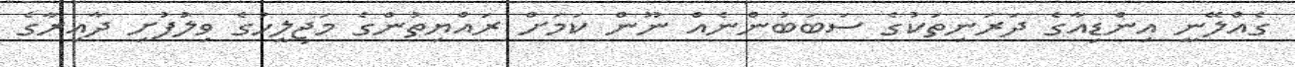
ގެއްލޭނީ އިންޑިއާގެ ދަރަނިތަކުގެ ސަބަބުންނެއް ނޫން ކަމަށް ރައްޔިތުންގެ މަޖިލީހުގެ ވިލުފުށި ދާއިރާގެ